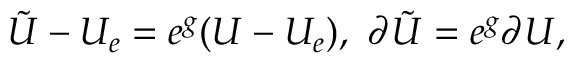
\tilde { U } - U _ { e } = e ^ { g } ( U - U _ { e } ) , \ \partial \tilde { U } = e ^ { g } \partial U ,